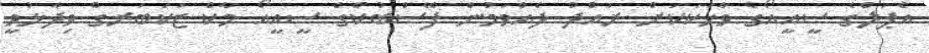
އެޕަލްގެ ސީއީއޯގެ ވާހަކަކަށް ރައްދު ދެއްވަމުން ފޭސްބުކްގެ ސީއީއޯ މާކް ޒަކަބަރގް ވިދާޅުވީ